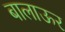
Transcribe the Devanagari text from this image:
बालाऊर